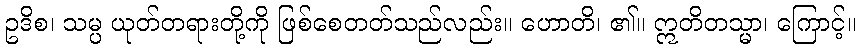
ဥဒိစ၊ သမ္ပ ယုတ်တရားတို့ကို ဖြစ်စေတတ်သည်လည်း။ ဟောတိ၊ ၏။ ဣတိတသ္မာ၊ ကြောင့်။